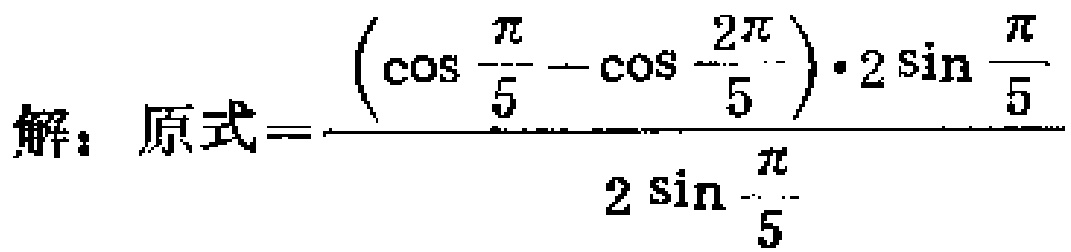
解：原式=\(\frac{ \left(\cos \frac{\pi}{5}-\cos \frac{2\pi}{5}\right)\cdot 2\sin \frac{\pi}{5}}{2\sin \frac{\pi}{5}}\)